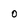
Character: o